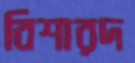
বিশারদ